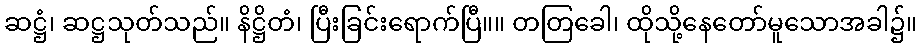
ဆဋ္ဌံ၊ ဆဋ္ဌသုတ်သည်။ နိဋ္ဌိတံ၊ ပြီးခြင်းရောက်ပြီ။။ တတြခေါ၊ ထိုသို့နေတော်မူသောအခါ၌။